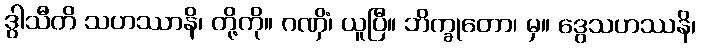
ဒွါသီတိ သဟဿာနိ၊ တို့ကို။ ဂဏှိံ၊ ယူပြီ။ ဘိက္ခုတော၊ မှ။ ဒွေသဟဿနိ၊